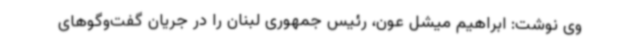
وی نوشت: ابراهیم میشل عون، رئیس جمهوری لبنان را در جریان گفت‌وگوهای